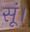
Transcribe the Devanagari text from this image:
सूं।